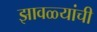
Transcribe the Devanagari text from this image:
झावळ्यांची